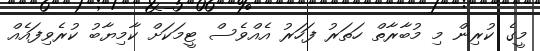
މީގެ ކުރިން މި މުބާރާތް ހަތަރު ފަހަރު އެއްވެސް ޓީމަކަށް ކާމިޔާބު ކުރެވިފައެއް